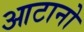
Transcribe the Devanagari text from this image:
आटानो